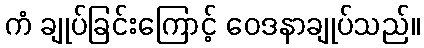
ကံ ချုပ်ခြင်းကြောင့် ဝေဒနာချုပ်သည်။